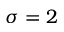
\sigma = 2